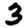
Digit: 3